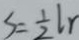
S = \frac { 1 } { 2 } l r